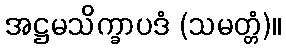
အဋ္ဌမသိက္ခာပဒံ (သမတ္တံ)။